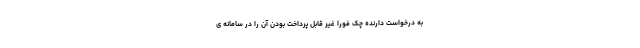
به درخواست دارنده چک فوراً غیر قابل پرداخت بودن آن را در سامانه ی